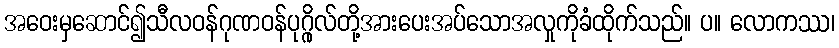
အဝေးမှဆောင်၍သီလဝန်ဂုဏဝန်ပုဂ္ဂိုလ်တို့အားပေးအပ်သောအလှုကိုခံထိုက်သည်။ ပ။ လောကဿ၊